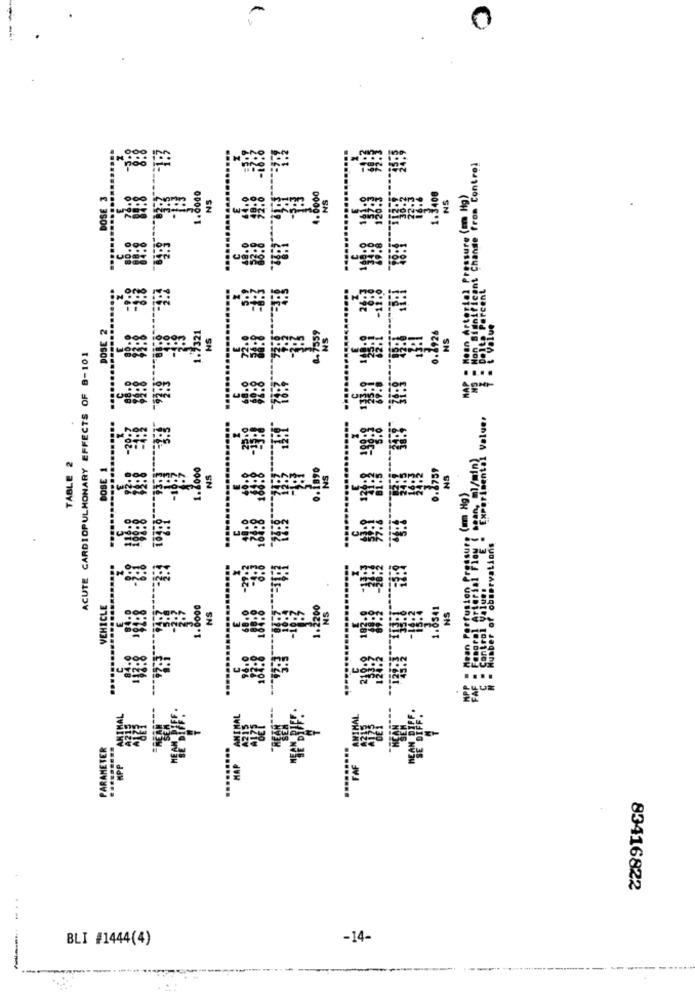
ISProhiBici Change from Control
1.8000
DOSE 3
NS
1.6000
1.3400
NS
DOSE 2
1.9321
0.1926
Hoe
NS
1.7959
NS
ACUTE CARDIOPULMONARY EFFECTS OF 8-101
TABLE 2
DOSE 1
1.2000
0.1759
NS
NS
VEHICLE
1.8000
NS
1.2200
NS
1.0541
NS
PARAMETER
HPP
HAP
FAF
83416822
BLI #1444(4)
-14-